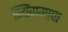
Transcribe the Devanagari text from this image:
न्यिंगमापा